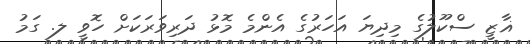
ޣާޒީ ސްކޫލުގެ މިދިޔަ އަހަރުގެ އެންމެ މޮޅު ދަރިވަރަކަށް ހޮވީ ލ. ގަމު